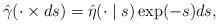
LaTeX: \begin{align*} \hat \gamma(\cdot \times ds) = \hat\eta(\cdot\mid s) \exp(-s) ds, \end{align*}